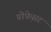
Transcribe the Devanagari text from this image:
प्रोफे़सर